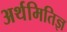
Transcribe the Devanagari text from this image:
अर्थमितिज्ञ